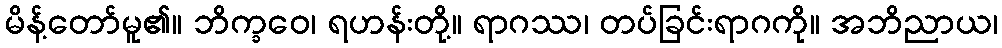
မိန့်တော်မူ၏။ ဘိက္ခဝေ၊ ရဟန်းတို့။ ရာဂဿ၊ တပ်ခြင်းရာဂကို။ အဘိညာယ၊